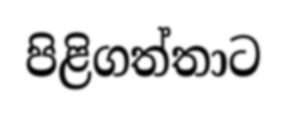
පිළිගත්තාට